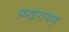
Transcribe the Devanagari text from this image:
फ़ाइरायम्